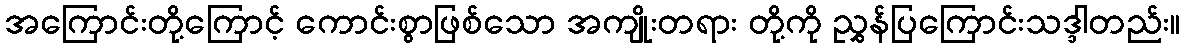
အကြောင်းတို့ကြောင့် ကောင်းစွာဖြစ်သော အကျိုးတရား တို့ကို ညွှန်ပြကြောင်းသဒ္ဒါတည်း။